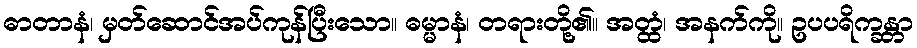
ဓာတာနံ၊ မှတ်ဆောင်အပ်ကုန်ပြီးသော။ ဓမ္မာနံ၊ တရားတို့၏။ အတ္ထံ၊ အနက်ကို။ ဥပပရိက္ခန္တာ